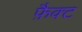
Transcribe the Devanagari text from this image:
फ़ैक्ट